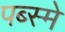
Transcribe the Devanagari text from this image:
पब्स्मे